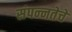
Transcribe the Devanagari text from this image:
संपन्‍नतेचे